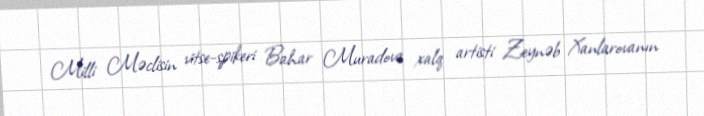
Milli Məclisin vitse-spikeri Bahar Muradova xalq artisti Zeynəb Xanlarovanın